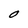
Character: O